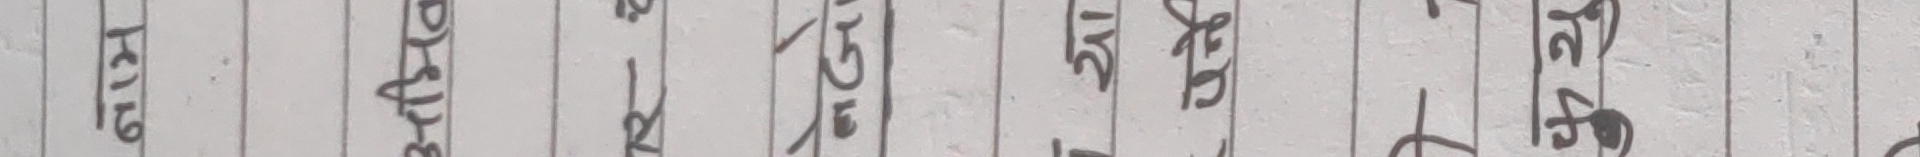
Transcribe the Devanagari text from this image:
काम, दय-आय, सेर, २५, ३-५, १२९, ३१-५-१२५